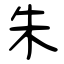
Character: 朱